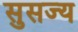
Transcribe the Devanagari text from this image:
सुसज्य